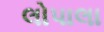
લોપાલા